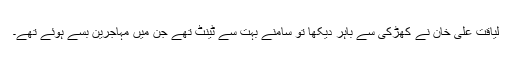
لیاقت علی خان نے کھڑکی سے باہر دیکھا تو سامنے بہت سے ٹینٹ تھے جن میں مہاجرین بسے ہوئے تھے۔